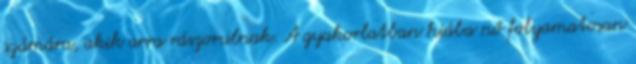
számára, akik arra rászorulnak. A gyakorlatban hiába nő folyamatosan